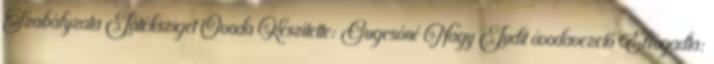
Szabályzata Játéksziget Óvoda Készítette: Gugcsóné Nagy Judit óvodavezető Elfogadta: